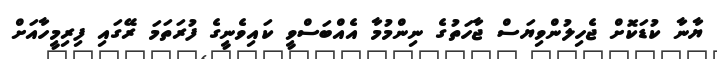
ޔާނާ ކުޑަކޮށް ޖެހިލުންވިޔަސް ޖާހަތުގެ ނިންމުމާ އެއްބަސްވީ ކައިވެނީގެ ފުރަތަމަ ރޭގައި ފިރިމީހާއަށް